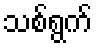
သစ်ရွက်